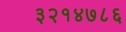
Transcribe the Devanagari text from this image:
३२१४७८६